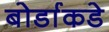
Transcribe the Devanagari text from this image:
बोर्डाकडे